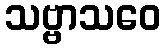
သဗ္ဗာသဝေ